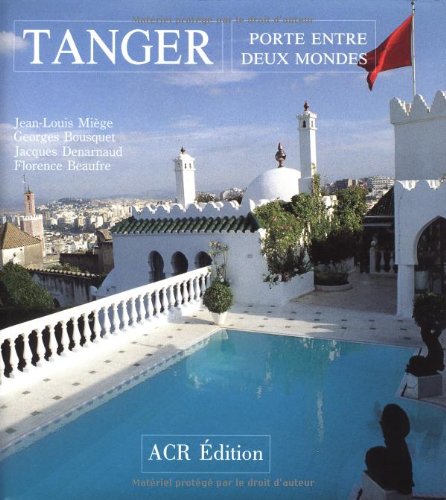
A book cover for Tanger. Porte entre deux mondes (French Edition); Georges Bousquet; Travel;